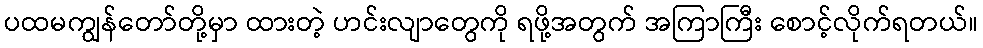
ပထမကျွန်တော်တို့မှာ ထားတဲ့ ဟင်းလျာတွေကို ရဖို့အတွက် အကြာကြီး စောင့်လိုက်ရတယ်။